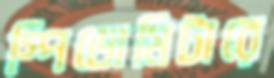
স্পিডোমিটারে